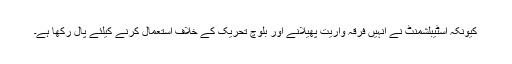
کیونکہ اسٹیبلشمنٹ نے انہیں فرقہ واریت پھیلانے اور بلوچ تحریک کے خلاف استعمال کرنے کیلئے پال رکھا ہے۔